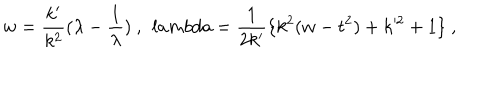
LaTeX: w = \frac { k ^ { \prime } } { k ^ { 2 } } ( \lambda - \frac { 1 } { \lambda } ) \ , \ \, l a m b d a = \frac { 1 } { 2 k ^ { \prime } } \{ k ^ { 2 } ( w - t ^ { 2 } ) + k ^ { 2 } + 1 \} \ ,